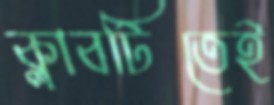
ক্লাবটিতেই